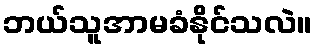
ဘယ်သူအာမခံနိုင်သလဲ။